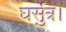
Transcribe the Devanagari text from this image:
घर्सुत्र।